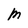
Character: M